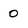
Character: 0